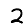
Digit: 2